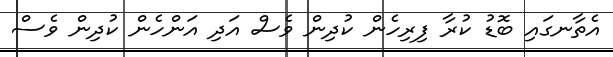
އެތާނގައި ބޮޑު ކުރާ ފިރިހެން ކުދިން ވެސް އަދި އަންހެން ކުދިން ވެސް